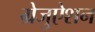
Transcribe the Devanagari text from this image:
ग्रेजुऐशन